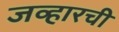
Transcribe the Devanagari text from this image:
जव्हारची